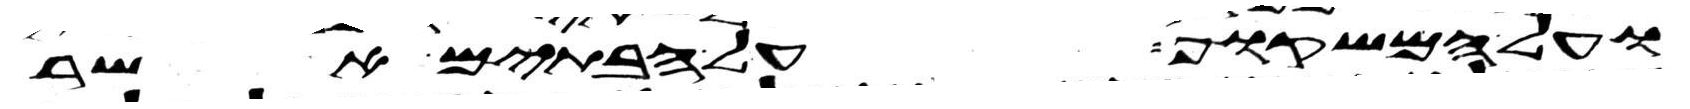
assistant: ועל המשקוף על הבתים אשר